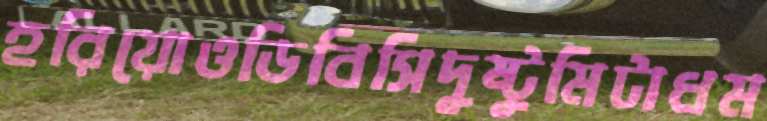
হরিয়োওডিবিসিদুষ্টুমিটাধম